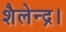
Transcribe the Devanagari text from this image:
शैलेन्द्र।